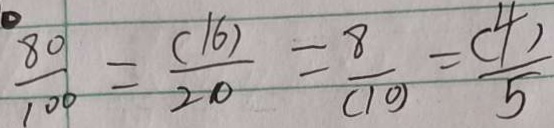
\frac { 8 0 } { 1 0 0 } = \frac { ( 1 6 ) } { 2 0 } = \frac { 8 } { ( 1 0 ) } = \frac { ( 4 ) } { 5 }